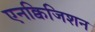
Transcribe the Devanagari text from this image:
एनक्विजिशन